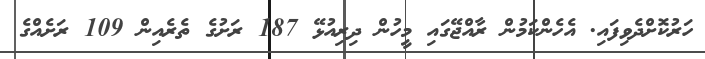
ހަރުކޮށްދެވިފައި. އެހެންކަމުން ރާއްޖޭގައި މީހުން ދިރިއުޅޭ 187 ރަށުގެ ތެރެއިން 109 ރަށެއްގެ